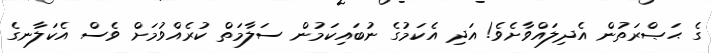
ގެ ޙަޞްރަތުން އެދިލައްވާށެވެ! އަދި އެކަމުގެ ނުބައިކަމުން ސަލާމަތް ކުރެއްވުމަށް ވެސް އެކަލާނގެ